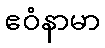
ဧဝံနာမာ